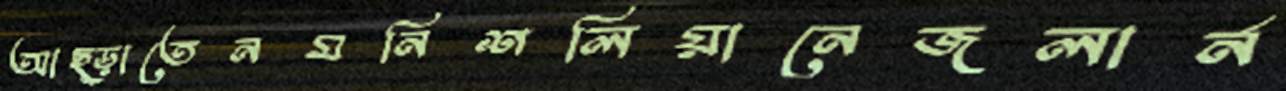
আছ্‌ড়াতেনমনিশলিয়ানেজলার্ন